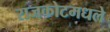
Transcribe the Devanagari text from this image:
राजकोटमधले